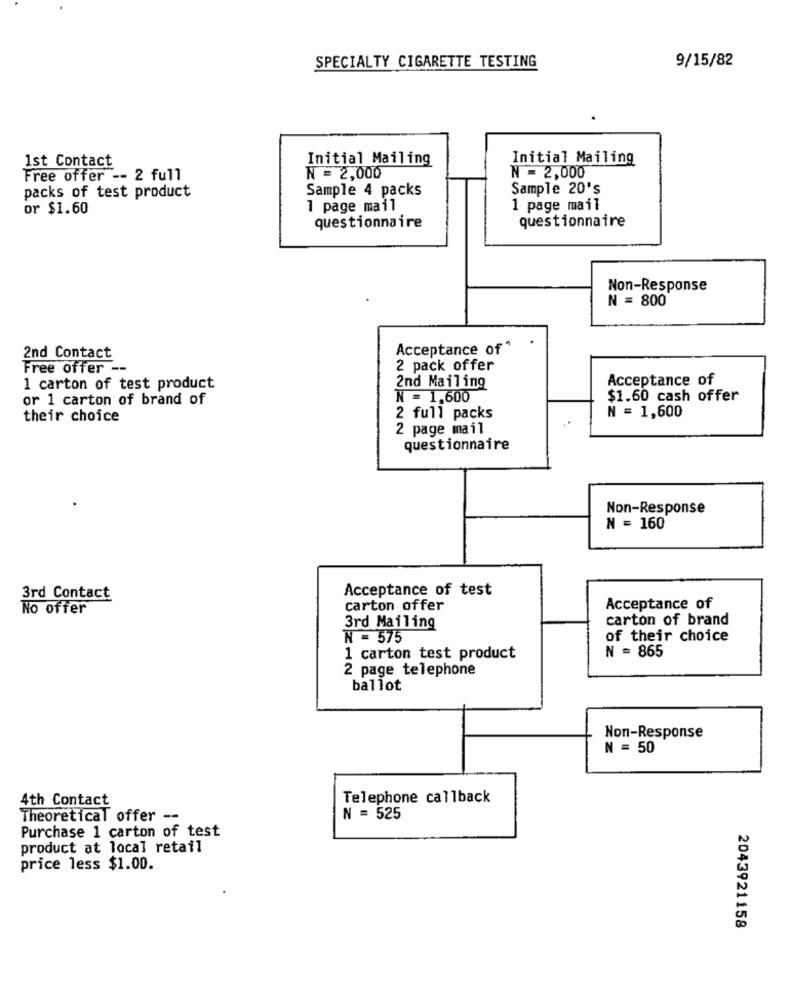
SPECIALTY CIGARETTE TESTING
9/15/82
Initial Mailing
Initial Mailing
1st Contact
Free offer -- 2 full
N = 2,000
N = 2,000
packs of test product
Sample 4 packs
Sample 20's
or $1.60
1 page mail
1 page mail
questionnaire
questionnaire
Non-Response
N = 800
Acceptance of *
2nd Contact
Free offer --
2 pack offer
Acceptance of
1 carton of test product
2nd Mailing
or 1 carton of brand of
N = 1,600
$1.60 cash offer
N = 1,600
their choice
2 full packs
2 page mail
questionnaire
Non-Response
N = 160
Acceptance of test
3rd Contact
No offer
carton offer
Acceptance of
carton of brand
3rd Mailing
N = 575
of their choice
N = 865
1 carton test product
2 page telephone
ballot
Non-Response
N = 50
4th Contact
Telephone callback
Theoretical offer --
N = 525
Purchase 1 carton of test
product at local retail
price less $1.00.
2043921158